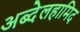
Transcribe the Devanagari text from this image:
अब्देलहामिद